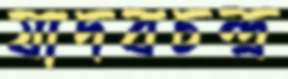
যাদবচন্দ্র